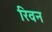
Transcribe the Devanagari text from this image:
रिवन